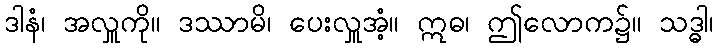
ဒါနံ၊ အလှူကို။ ဒဿာမိ၊ ပေးလှူအံ့။ ဣဓ၊ ဤလောက၌။ သဒ္ဓါ၊